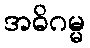
အဓိဂမ္မ